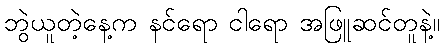
ဘွဲယူတဲ့နေ့က နင်ရော ငါရော အဖြူဆင်တူနဲ့။